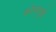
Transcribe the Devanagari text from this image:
कोनामुळे